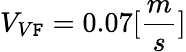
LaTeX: V_{V\mathtt{F}}=0.07[\frac{{m}}{{s}}]